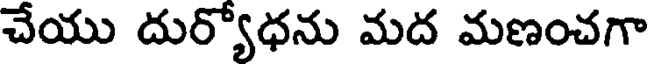
చేయు దుర్యోధను మద మణంచగా